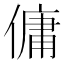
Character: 傭